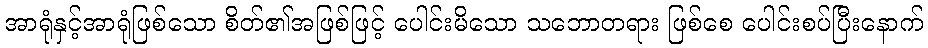
အာရုံနှင့်အာရုံဖြစ်သော စိတ်၏အဖြစ်ဖြင့် ပေါင်းမိသော သဘောတရား ဖြစ်စေ ပေါင်းစပ်ပြီးနောက်